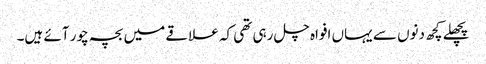
پچھلے کچھ دنوں سے یہاں افواہ چل رہی تھی کہ علاقے میں بچہ چور آئے ہیں۔